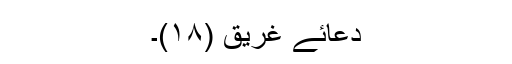
دعائے غریق (۱۸)۔